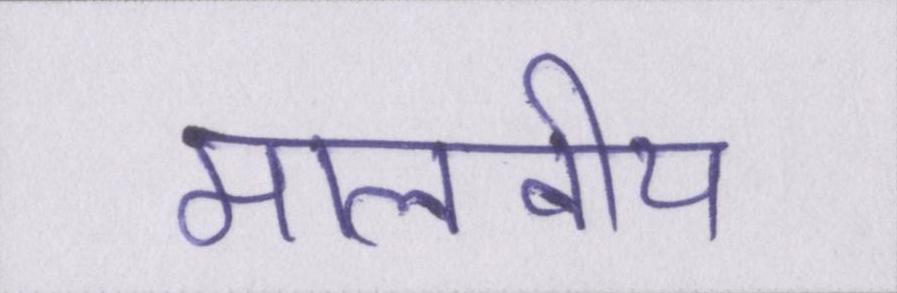
मालवीय